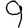
Digit: 9